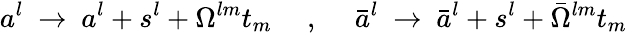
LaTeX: a^{l}~\rightarrow~a^{l}+s^{l}+\Omega^{lm}t_{m}~~~~~,~~~~~\bar{a}^{l}~\rightarrow~\bar{a}^{l}+s^{l}+\bar{\Omega}^{lm}t_{m}